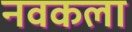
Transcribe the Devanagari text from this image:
नवकला